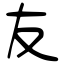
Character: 友